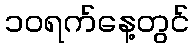
၁၀ရက်နေ့တွင်